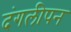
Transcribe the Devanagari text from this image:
दंगलीपन